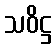
သဝိဋ္ဌ